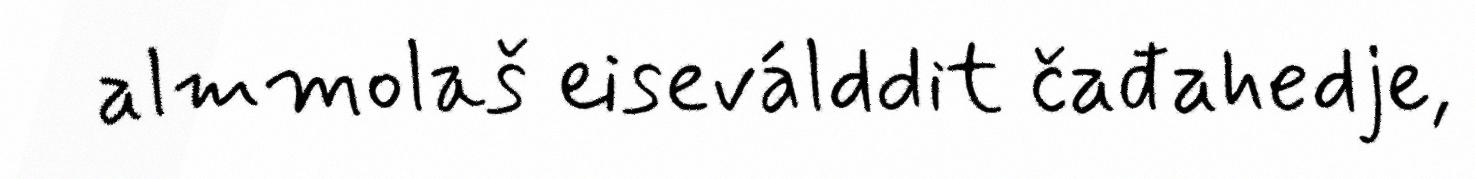
almmolaš eiseválddit čađahedje,